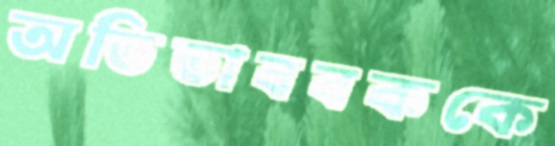
অভিভাববককে